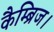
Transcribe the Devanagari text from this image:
कैम्ब्रिज।